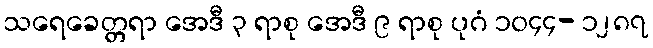
သရေခေတ္တရာ အေဒီ ၃ ရာစု အေဒီ ၉ ရာစု ပုဂံ ၁၀၄၄- ၁၂၈၇